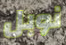
نوبل